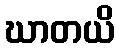
ဃာတယိ